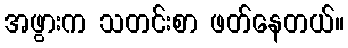
အဖွားက သတင်းစာ ဖတ်နေတယ်။